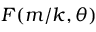
F ( m / k , \theta )